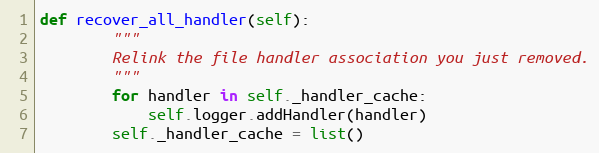
Language: Python
def recover_all_handler(self):
        """
        Relink the file handler association you just removed.
        """
        for handler in self._handler_cache:
            self.logger.addHandler(handler)
        self._handler_cache = list()